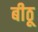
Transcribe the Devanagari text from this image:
बीठू